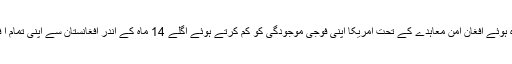
دوحہ میں گزشتہ ماہ ہوئے افغان امن معاہدے کے تحت امریکا اپنی فوجی موجودگی کو کم کرتے ہوئے اگلے 14 ماہ کے اندر افغانستان سے اپنی تمام ا فواج کو نکال لے گا۔